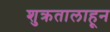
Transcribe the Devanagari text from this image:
शुक्रतालाहून